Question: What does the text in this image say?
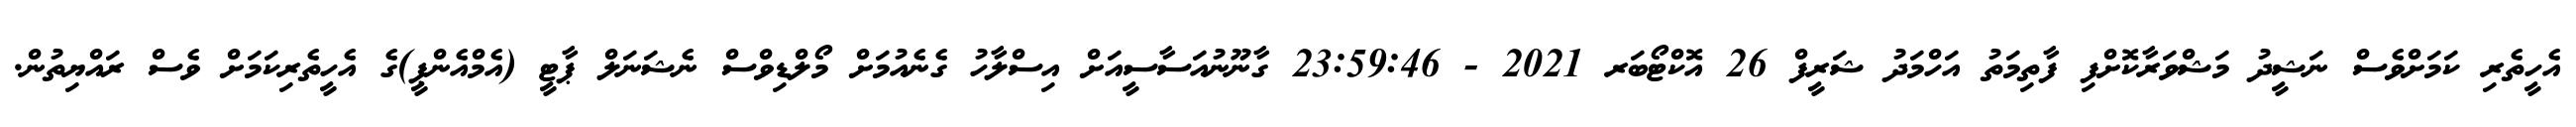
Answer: އެހީތެރި ކަމަށްވެސް ނަޝީދު މަޝްވަރާކޮށްފި ފާތިމަތު އަހްމަދު ޝަރީފް 26 އޮކްޓޯބަރ 2021 - 23:59:46 ގާނޫނުއަސާސީއަށް އިސްލާހު ގެނެއުމަށް މޯލްޑިވްސް ނެޝަނަލް ޕާޓީ (އެމްއެންޕީ)ގެ އެހީތެރިކަމަށް ވެސް ރައްޔިތުން.